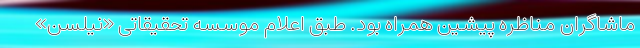
ماشاگران مناظره پیشین همراه بود. طبق اعلام موسسه تحقیقاتی «نیلسن»